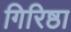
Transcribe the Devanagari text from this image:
गिरिष्ठा